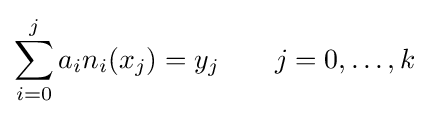
\sum _{i=0}^{j}a_{i}n_{i}(x_{j})=y_{j}\qquad j=0,\dots ,k